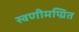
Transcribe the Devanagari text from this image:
स्वणीमण्रित